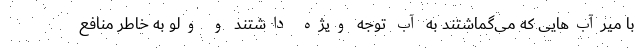
با میرآب‌هایی که می‌گماشتند به آب توجه ویژه داشتند و ولو به خاطر منافع